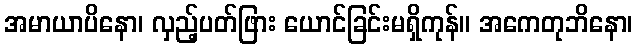
အမာယာပိနော၊ လှည့်ပတ်ဖြား ယောင်ခြင်းမရှိကုန်။ အကေတုဘိနော၊